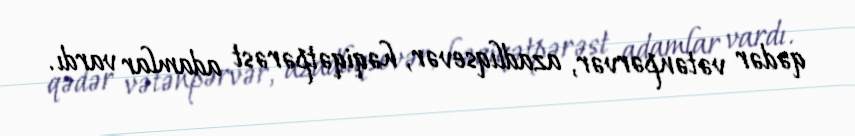
qədər vətənpərvər, azadlıqsevər, həqiqətpərəst adamlar vardı.